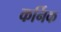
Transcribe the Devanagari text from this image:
कर्निक